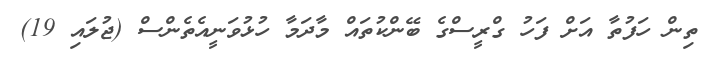
ތިން ހަފުތާ އަށް ފަހު ގްރީސްގެ ބޭންކުތައް މާދަމާ ހުޅުވަނީއެތެންސް (ޖުލައި 19)